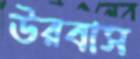
উরবাস